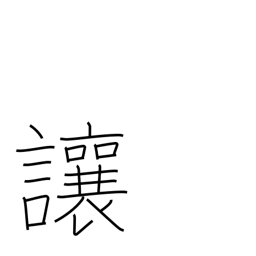
Meaning: allow